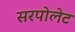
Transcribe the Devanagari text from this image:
सरपोलेट